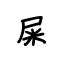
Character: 屎